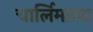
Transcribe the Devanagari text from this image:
चार्लिमान्ज